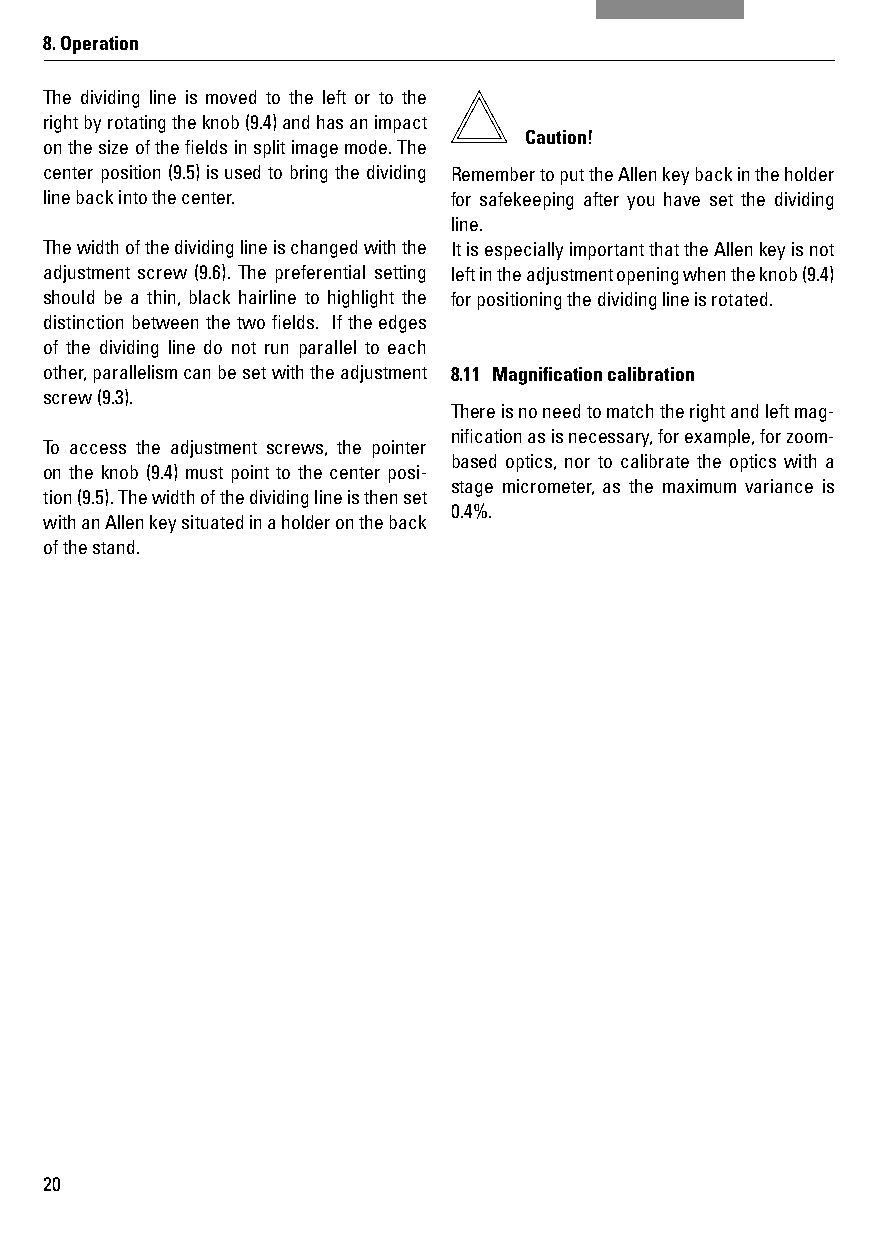
8. Operation
 The dividing line is moved to the left or to the
 right by rotating the knob (9.4) and has an impact
 Caution!
 on the size of the fi elds in split image mode. The
 center position (9.5) is used to bring the dividing Remember to put the Allen key back in the holder
 line back into the center. for safekeeping after you have set the dividing
 line.
 The width of the dividing line is changed with the It is especially important that the Allen key is not
 adjustment screw (9.6). The preferential setting left in the adjustment opening when the knob (9.4)
 should be a thin, black hairline to highlight the for positioning the dividing line is rotated.
 distinction between the two fi elds. If the edges
 of the dividing line do not run parallel to each
 other, parallelism can be set with the adjustment 8.11 Magnifi cation calibration
 screw (9.3).
 There is no need to match the right and left mag-
 nifi cation as is necessary, for example, for zoom-
 To access the adjustment screws, the pointer
 based optics, nor to calibrate the optics with a
 on the knob (9.4) must point to the center posi-
 stage micrometer, as the maximum variance is
 tion (9.5). The width of the dividing line is then set
 0.4%.
 with an Allen key situated in a holder on the back
 of the stand.
 20